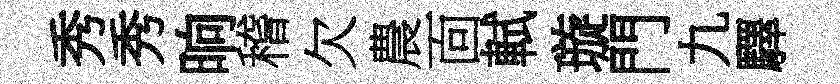
秀秀晌稽欠農靣軾璇門九驛